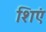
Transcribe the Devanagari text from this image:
शिएं